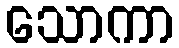
သောကာ